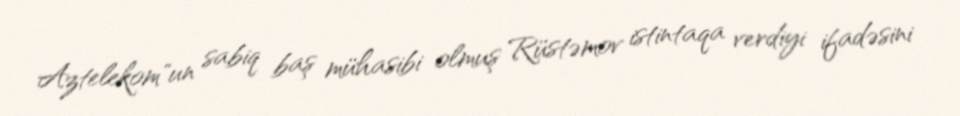
Aztelekom"un sabiq baş mühasibi olmuş Rüstəmov istintaqa verdiyi ifadəsini